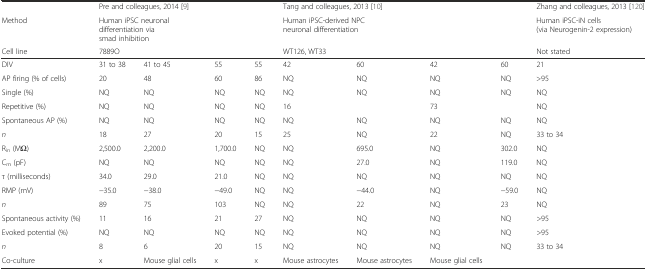
<table><thead><tr><td></td><td colspan="4"><b>Pre and colleagues, 2014 [9]</b></td><td colspan="4"><b>Tang and colleagues, 2013 [10]</b></td><td><b>Zhang and colleagues, 2013 [120]</b></td></tr><tr><td><b>Method</b></td><td colspan="4"><b>Human iPSC neuronal differentiation via smad inhibition</b></td><td colspan="4"><b>Human iPSC-derived NPC neuronal differentiation</b></td><td><b>Human iPSC-iN cells (via Neurogenin-2 expression)</b></td></tr><tr><td><b>Cell line</b></td><td colspan="4"><b>7889O</b></td><td colspan="4"><b>WT126, WT33</b></td><td><b>Not stated</b></td></tr></thead><tbody><tr><td>DIV</td><td>31 to 38</td><td>41 to 45</td><td>55</td><td>55</td><td>42</td><td>60</td><td>42</td><td>60</td><td>21</td></tr><tr><td>AP firing (% of cells)</td><td>20</td><td>48</td><td>60</td><td>86</td><td>NQ</td><td>NQ</td><td>NQ</td><td>NQ</td><td>&gt;95</td></tr><tr><td>Single (%)</td><td>NQ</td><td>NQ</td><td>NQ</td><td>NQ</td><td>NQ</td><td>NQ</td><td>NQ</td><td>NQ</td><td>NQ</td></tr><tr><td>Repetitive (%)</td><td>NQ</td><td>NQ</td><td>NQ</td><td>NQ</td><td>16</td><td></td><td>73</td><td></td><td>NQ</td></tr><tr><td>Spontaneous AP (%)</td><td>NQ</td><td>NQ</td><td>NQ</td><td>NQ</td><td>NQ</td><td>NQ</td><td>NQ</td><td>NQ</td><td>NQ</td></tr><tr><td><i>n</i></td><td>18</td><td>27</td><td>20</td><td>15</td><td>25</td><td>NQ</td><td>22</td><td>NQ</td><td>33 to 34</td></tr><tr><td>R<sub>in</sub> (MΩ)</td><td>2,500.0</td><td>2,200.0</td><td>1,700.0</td><td>NQ</td><td>NQ</td><td>695.0</td><td>NQ</td><td>302.0</td><td>NQ</td></tr><tr><td>C<sub>m</sub> (pF)</td><td>NQ</td><td>NQ</td><td>NQ</td><td>NQ</td><td>NQ</td><td>27.0</td><td>NQ</td><td>119.0</td><td>NQ</td></tr><tr><td>τ (milliseconds)</td><td>34.0</td><td>29.0</td><td>21.0</td><td>NQ</td><td>NQ</td><td>NQ</td><td>NQ</td><td>NQ</td><td>NQ</td></tr><tr><td>RMP (mV)</td><td>−35.0</td><td>−38.0</td><td>−49.0</td><td>NQ</td><td>NQ</td><td>−44.0</td><td>NQ</td><td>−59.0</td><td>NQ</td></tr><tr><td><i>n</i></td><td>89</td><td>75</td><td>103</td><td>NQ</td><td>NQ</td><td>22</td><td>NQ</td><td>23</td><td>NQ</td></tr><tr><td>Spontaneous activity (%)</td><td>11</td><td>16</td><td>21</td><td>27</td><td>NQ</td><td>NQ</td><td>NQ</td><td>NQ</td><td>&gt;95</td></tr><tr><td>Evoked potential (%)</td><td>NQ</td><td>NQ</td><td>NQ</td><td>NQ</td><td>NQ</td><td>NQ</td><td>NQ</td><td>NQ</td><td>&gt;95</td></tr><tr><td><i>n</i></td><td>8</td><td>6</td><td>20</td><td>15</td><td>NQ</td><td>NQ</td><td>NQ</td><td>NQ</td><td>33 to 34</td></tr><tr><td>Co-culture</td><td>x</td><td>Mouse glial cells</td><td>x</td><td>x</td><td>Mouse astrocytes</td><td>Mouse astrocytes</td><td>Mouse glial cells</td><td></td><td></td></tr></tbody></table>